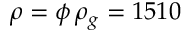
\rho = \phi \, \rho _ { g } = 1 5 1 0